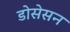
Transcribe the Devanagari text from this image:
डोसेसन